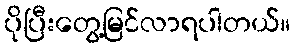
ပိုပြီးတွေ့မြင်လာရပါတယ်။